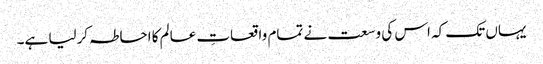
یہاں تک کہ اس کی وسعت نے تمام واقعاتِ عالم کا احاطہ کرلیا ہے۔